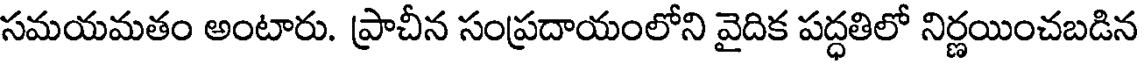
సమయమతం అంటారు. ప్రాచీన సంప్రదాయంలోని వైదిక పద్ధతిలో నిర్ణయించబడిన